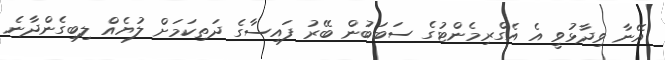
އޭނާ ވިދާޅުވީ އެ އެގްރިމެންޓުގެ ސަބަބުން ބޭރު ފައިސާގެ ދަތިކަމަށް ލުޔެއް ލިބިގެންދާނެ